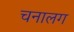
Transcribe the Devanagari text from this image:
चनालग